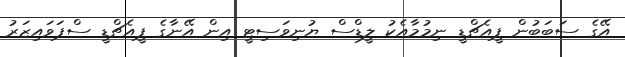
އޭގެ ސަބަބުން ޕީއެޗްޑީ ނިމުމާއެކު ލީޑްސް ޔުނިވަސިޓީ އިން އޭނާގެ ޕީއެޗްޑީ ސްޕަވައިޒަރު